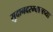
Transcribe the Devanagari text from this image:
सुदानदरम्यानच्या